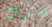
حدث